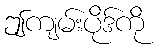
ဤကျမ်းပိုဒ်ကို